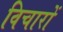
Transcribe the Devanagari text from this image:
विचारों